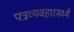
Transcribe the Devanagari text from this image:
पत्रव्यवहारमध्ये